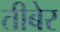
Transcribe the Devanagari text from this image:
तीबेर